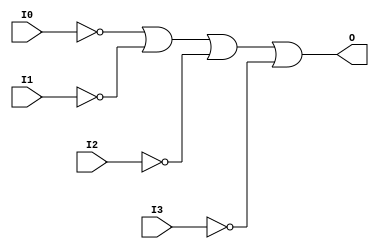
// $Header: /devl/xcs/repo/env/Databases/CAEInterfaces/xec_libs/data/unisims/OR4B4.v,v 1.1 2005/05/10 01:20:08 wloo Exp $

/*

FUNCTION	: 4-INPUT OR GATE

*/

`celldefine
`timescale  100 ps / 10 ps

module OR4B4 (O, I0, I1, I2, I3);

    output O;

    input  I0, I1, I2, I3;

    not N3 (i3_inv, I3);
    not N2 (i2_inv, I2);
    not N1 (i1_inv, I1);
    not N0 (i0_inv, I0);
    or O1 (O, i0_inv, i1_inv, i2_inv, i3_inv);

endmodule